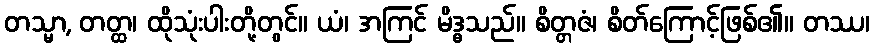
တသ္မာ, တတ္ထ၊ ထိုသုံးပါးတို့တွင်။ ယံ၊ အကြင် မိဒ္ဓသည်။ စိတ္တဇံ၊ စိတ်ကြောင့်ဖြစ်၏။ တဿ၊